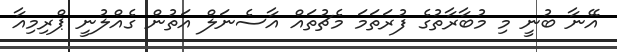
އޭނާ ބުނީ މި މުބާރާތުގެ ފުރަތަމަ މެޗުތައް އާސެނަލް އަތުން ގެއްލުނީ ޕްރިމިއާ